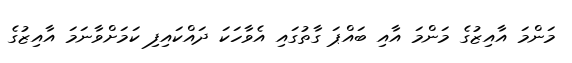
މަންމަ އާއިޒުގެ މަންމަ އާއި ބައްޕަ ގާތުގައި އެވާހަކަ ދައްކައިފި ކަމަށްވާނަމަ އާއިޒުގެ